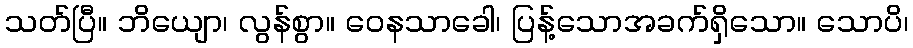
သတ်ပြီ။ ဘိယျော၊ လွန်စွာ။ ဝေနသာခေါ၊ ပြန့်သောအခက်ရှိသော။ သောပိ၊